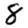
Digit: 8